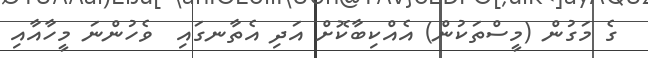
ގެ މަގުން (މީސްތަކުން) އެއްކިބާކޮށް އަދި އެތާނގައި  ވެހުންނަ މީހާއާއި